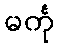
မင်္ကု